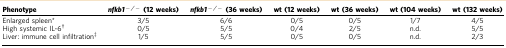
| Phenotype | nfkb1−/−(12 weeks) | nfkb1−/−(36 weeks) | wt (12 weeks) | wt (36 weeks) | wt (104 weeks) | wt (132 weeks) |
 | --- | --- | --- | --- | --- | --- | --- |
 | Enlarged spleen* | 3/5 | 6/6 | 0/5 | 0/5 | 1/7 | 4/5 |
 | High systemic IL-6† | 0/5 | 5/5 | 0/4 | 2/5 | n.d. | 5/5 |
 | Liver: immune cell infiltration‡ | 1/5 | 5/5 | 0/5 | 0/5 | n.d. | 2/3 |